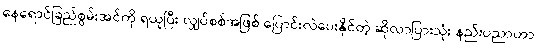
နေရောင်ခြည်စွမ်းအင်ကို ရယူပြီး လျှပ်စစ်အဖြစ် ပြောင်းလဲပေးနိုင်တဲ့ ဆိုလာပြားသုံး နည်းပညာဟာ